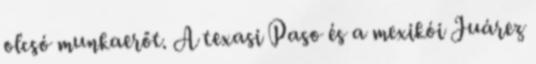
olcsó munkaerőt. A texasi Paso és a mexikói Juárez